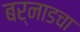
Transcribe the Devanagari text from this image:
बर्नाडचा